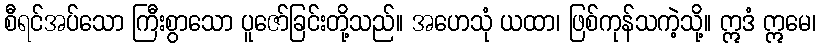
စီရင်အပ်သော ကြီးစွာသော ပူဇော်ခြင်းတို့သည်။ အဟေသုံ ယထာ၊ ဖြစ်ကုန်သကဲ့သို့။ ဣဒံ ဣမေ၊